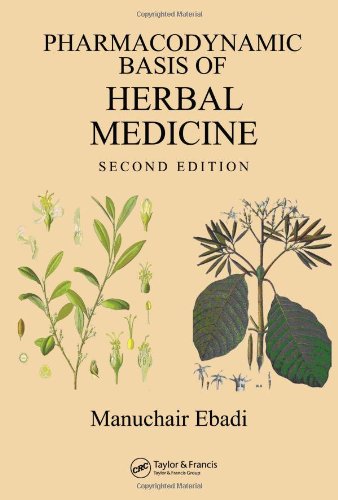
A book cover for Pharmacodynamic Basis of Herbal Medicine, Second Edition; Manuchair Ebadi; Medical Books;